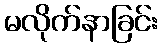
မလိုက်နာခြင်း